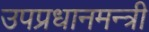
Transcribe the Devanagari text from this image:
उपप्रधानमन्त्री